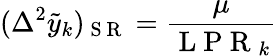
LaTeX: (\Delta^{2}\tilde{y}_{k})_{\mathrm{~S~R~}}=\frac{\mu}{\mathrm{~L~P~R~}_{k}}